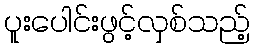
ပူးပေါင်းဖွင့်လှစ်သည့်